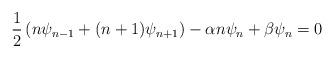
LaTeX: \begin{align*} \frac{1}{2}\left(n\psi_{n-1}+(n+1)\psi_{n+1}\right) -\alpha n\psi_n+\beta\psi_n=0\end{align*}